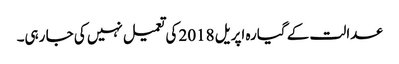
عدالت کے گیارہ اپریل 2018 کی تعمیل نہیں کی جا رہی۔